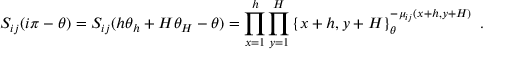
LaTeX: S _ { i j } ( i \pi - \theta ) = S _ { i j } ( h \theta _ { h } + H \theta _ { H } - \theta ) = \prod _ { x = 1 } ^ { h } \prod _ { y = 1 } ^ { H } \left\{ x + h , y + H \right\} _ { \theta } ^ { - \mu _ { i j } ( x + h , y + H ) } \, \, .